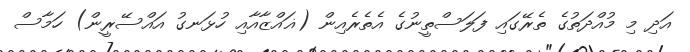
އަދި މި މުއްދަތުގެ ތެރޭގައި ފަލަސްތީނުގެ އެތެރެއިން (ޣައްޒާއާއި ހުޅަނގު އައްސޭރީން) ހަމާސް